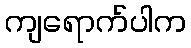
ကျရောက်ပါက